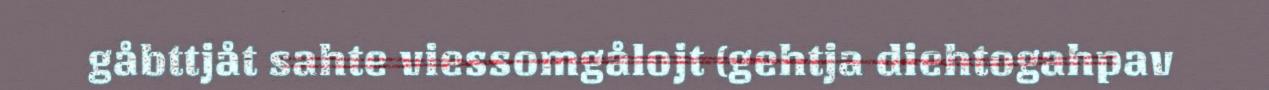
gåbttjåt sahte viessomgålojt (gehtja diehtogahpav